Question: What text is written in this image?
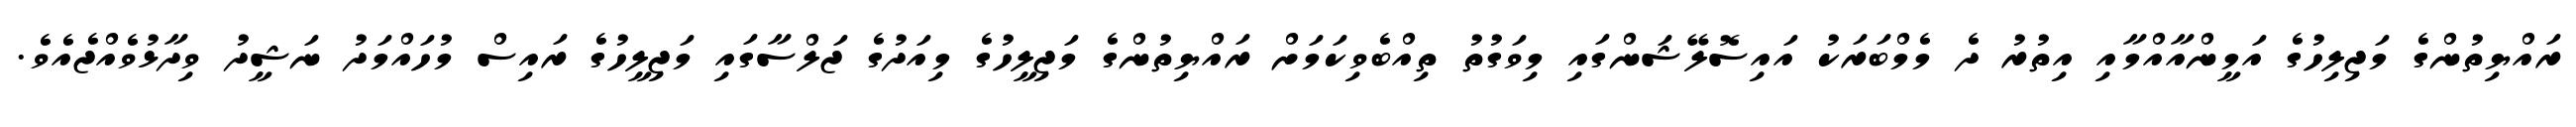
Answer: ރައްޔިތުންގެ މަޖިލިހުގެ އަމީންއާއްމާއި އިތުރު ދެ މެމްބަރަކު އައިސޮލޭޝަންގައި މިވަގުތު ތިއްބެވިކަމަށް ރައްޔިތުންގެ މަޖިލީހުގެ މިއަދުގެ ޖަލްސާގައި މަޖިލީހުގެ ރައިސް މުހައްމަދު ނަޝީދު ވިދާޅުވެއްޖެއެވެ.